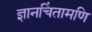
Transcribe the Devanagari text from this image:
ज्ञानचिंतामणि